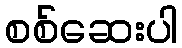
စစ်ဆေးပါ